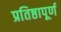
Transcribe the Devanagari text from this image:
प्रतिष्ठापूर्ण